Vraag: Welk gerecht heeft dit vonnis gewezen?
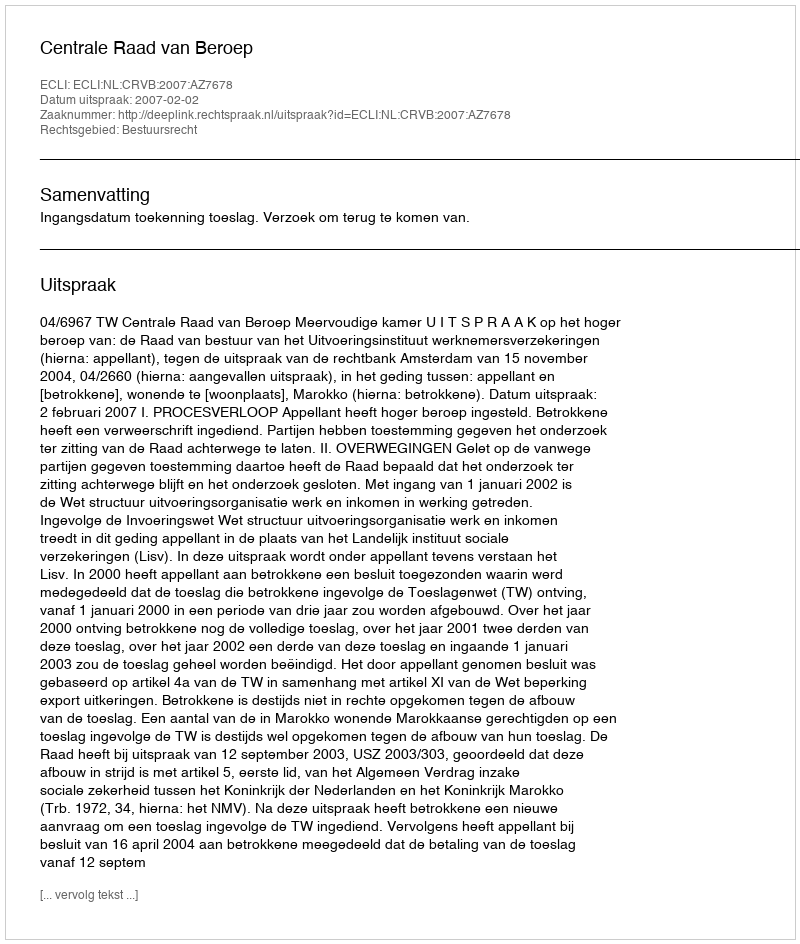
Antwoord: Centrale Raad van Beroep